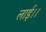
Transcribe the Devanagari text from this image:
लाई।।